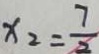
x _ { 2 } = \frac { 7 } { 2 }